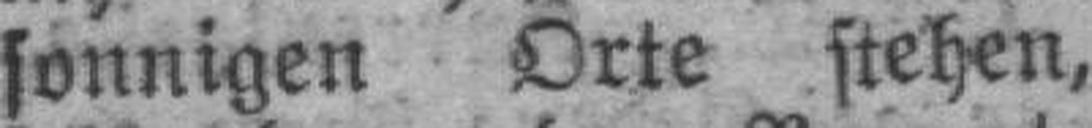
sonnigen Orte stehen,